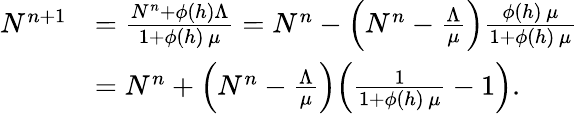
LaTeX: \begin{array}{rl}{N^{n+1}}&{=\frac{N^{n}+\phi(h)\Lambda}{1+\phi(h)\, \mu}=N^{n}-\Bigl(N^{n}-\frac{\Lambda}{\mu}\Bigr)\frac{\phi(h)\, \mu}{1+\phi(h)\, \mu}}\\ &{=N^{n}+\Bigl(N^{n}-\frac{\Lambda}{\mu}\Bigr)\Bigl(\frac{1}{1+\phi(h)\, \mu}-1\Bigr).}\end{array}